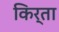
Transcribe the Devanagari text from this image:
किर्ता